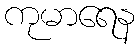
ကုမာရေန